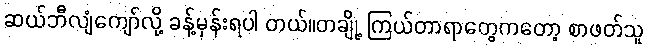
ဆယ်ဘီလျံကျော်လို့ ခန့်မှန်းရပါ တယ်။တချို့ ကြယ်တာရာတွေကတော့ စာဖတ်သူ